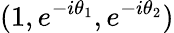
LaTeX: (1,e^{-i\theta_{1}},e^{-i\theta_{2}})